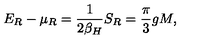
E _ { R } - \mu _ { R } = { \frac { 1 } { 2 \beta _ { H } } } S _ { R } = { \frac { \pi } { 3 } } g M ,